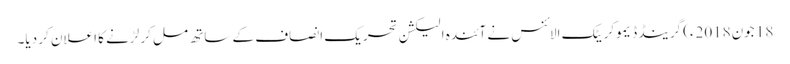
18 جون2018ء) گرینڈ ڈیموکریٹک الائنس نے آئندہ الیکشن تحریک انصاف کے ساتھ مل کر لڑنے کا اعلان کر دیا۔